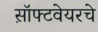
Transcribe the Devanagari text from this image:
स़ॉफ्टवेयरचे